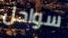
سواحل